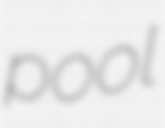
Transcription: pool